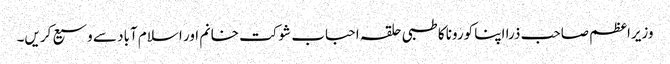
وزیراعظم صاحب ذرا اپنا کورونا کا طبی حلقہ احباب شوکت خانم اور اسلام آباد سے وسیع کریں۔